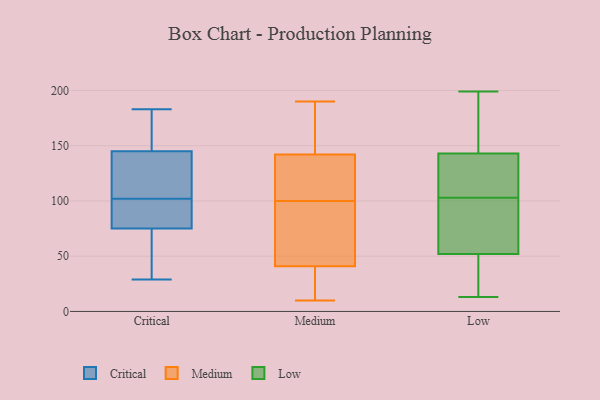
{"axis": {"x": "Budget (USD K)", "y": "Value"}, "legend": ["Critical", "Low", "Medium"], "data": [{"x": "", "y": 84, "type": "Critical"}, {"x": "", "y": 183, "type": "Critical"}, {"x": "", "y": 29, "type": "Critical"}, {"x": "", "y": 120, "type": "Critical"}, {"x": "", "y": 75, "type": "Critical"}, {"x": "", "y": 84, "type": "Critical"}, {"x": "", "y": 145, "type": "Critical"}, {"x": "", "y": 43, "type": "Critical"}, {"x": "", "y": 121, "type": "Critical"}, {"x": "", "y": 174, "type": "Critical"}, {"x": "", "y": 15, "type": "Medium"}, {"x": "", "y": 84, "type": "Medium"}, {"x": "", "y": 142, "type": "Medium"}, {"x": "", "y": 79, "type": "Medium"}, {"x": "", "y": 41, "type": "Medium"}, {"x": "", "y": 86, "type": "Medium"}, {"x": "", "y": 148, "type": "Medium"}, {"x": "", "y": 123, "type": "Medium"}, {"x": "", "y": 190, "type": "Medium"}, {"x": "", "y": 140, "type": "Medium"}, {"x": "", "y": 10, "type": "Medium"}, {"x": "", "y": 23, "type": "Medium"}, {"x": "", "y": 71, "type": "Medium"}, {"x": "", "y": 122, "type": "Medium"}, {"x": "", "y": 35, "type": "Medium"}, {"x": "", "y": 114, "type": "Medium"}, {"x": "", "y": 186, "type": "Medium"}, {"x": "", "y": 168, "type": "Medium"}, {"x": "", "y": 169, "type": "Low"}, {"x": "", "y": 143, "type": "Low"}, {"x": "", "y": 100, "type": "Low"}, {"x": "", "y": 31, "type": "Low"}, {"x": "", "y": 52, "type": "Low"}, {"x": "", "y": 135, "type": "Low"}, {"x": "", "y": 97, "type": "Low"}, {"x": "", "y": 199, "type": "Low"}, {"x": "", "y": 109, "type": "Low"}, {"x": "", "y": 158, "type": "Low"}, {"x": "", "y": 13, "type": "Low"}, {"x": "", "y": 106, "type": "Low"}, {"x": "", "y": 75, "type": "Low"}, {"x": "", "y": 31, "type": "Low"}]}